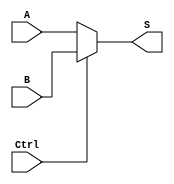
`timescale 1ns / 1ps
//////////////////////////////////////////////////////////////////////////////////
// Company: 
// Engineer: 
// 
// Design Name: 
// Module Name:    single_mux 
// Project Name: 
// Target Devices: 
// Tool versions: 
// Description: 
//
// Dependencies: 
//
// Revision: 
// Revision 0.01 - File Created
// Additional Comments: 
//
//////////////////////////////////////////////////////////////////////////////////
module mux32_2to1(A, B, Ctrl, S);
	input  wire Ctrl;
	input  wire[31:0] A, B;
	output wire[31:0] S;
	assign S = (Ctrl == 1'b0) ? A : B;
endmodule